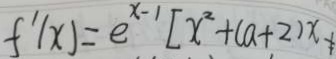
f ^ { \prime } ( x ) = e ^ { x - 1 } [ x ^ { 2 } + ( a + 2 ) x +